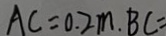
A C = 0 . 2 m . B C =